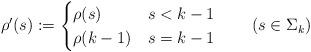
LaTeX: \begin{align*}\rho'(s):=\begin{cases}\rho(s) & s<k-1\\\rho(k-1) & s=k-1\end{cases}\qquad(s\in\Sigma_{k})\end{align*}